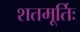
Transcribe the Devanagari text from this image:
शतमूर्तिः